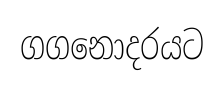
ගගනොදරයට